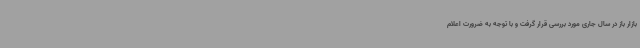
بازار باز در سال جاری مورد بررسی قرار گرفت و با توجه به ضرورت اعلام